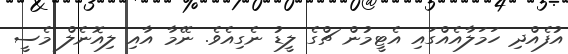
އުފެއްދި ހަމަލާއެއްގައި އެޓީމުން ޗްގެ ލީޑު ނެގިއެވެ. ނޭމާ އާއި ލިއޮނެލް މެސީ